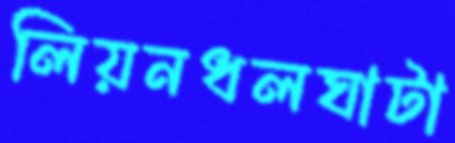
লিয়নধলঘাটা